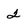
Character: 2